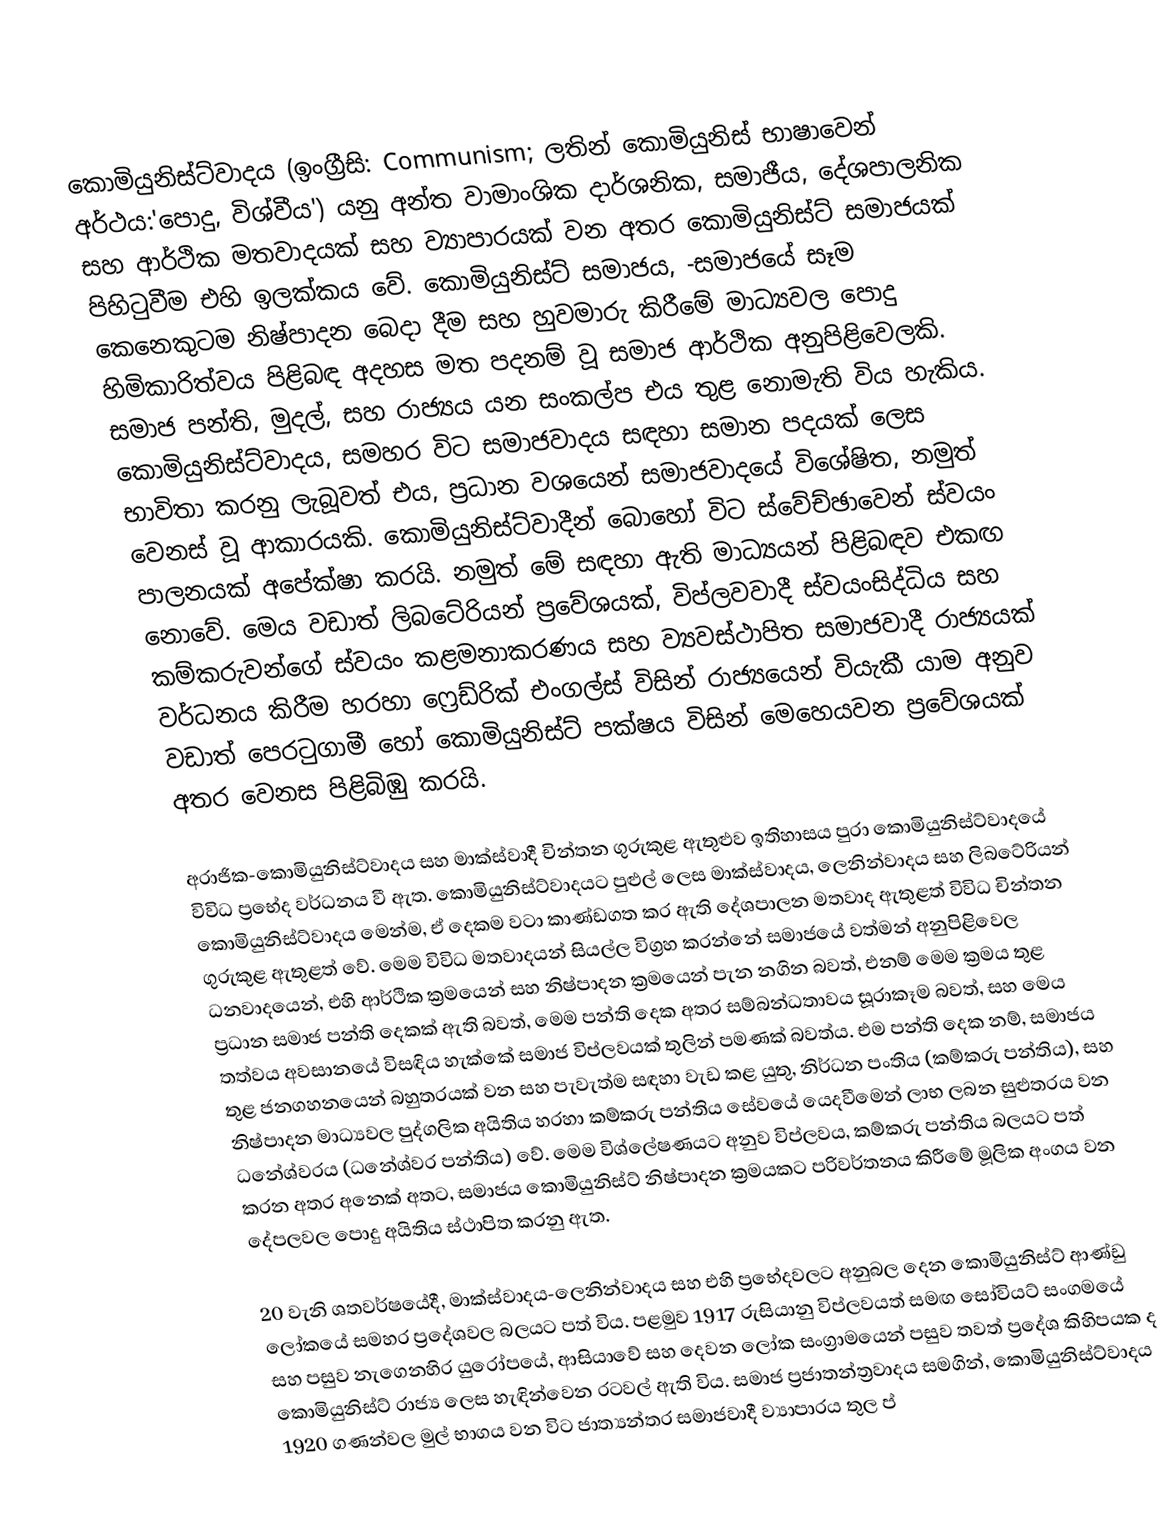
කොමියුනිස්ට්වාදය (ඉංග්‍රීසි: Communism; ලතින් කොමියුනිස් භාෂාවෙන් අර්ථය:'පොදු, විශ්වීය') යනු අන්ත වාමාංශික දාර්ශනික, සමාජීය, දේශපාලනික සහ ආර්ථික මතවාදයක් සහ ව්‍යාපාරයක් වන අතර කොමියුනිස්ට් සමාජයක් පිහිටුවීම එහි ඉලක්කය වේ. කොමියුනිස්ට් සමාජය, -සමාජයේ සෑම කෙනෙකුටම නිෂ්පාදන බෙදා දීම සහ හුවමාරු කිරීමේ මාධ්‍යවල පොදු හිමිකාරිත්වය පිළිබඳ අදහස මත පදනම් වූ සමාජ ආර්ථික අනුපිළිවෙලකි. සමාජ පන්ති, මුදල්, සහ රාජ්‍යය යන සංකල්ප එය තුළ නොමැති විය හැකිය. කොමියුනිස්ට්වාදය, සමහර විට සමාජවාදය සඳහා සමාන පදයක් ලෙස භාවිතා කරනු ලැබූවත් එය, ප්‍රධාන වශයෙන් සමාජවාදයේ විශේෂිත, නමුත් වෙනස් වූ ආකාරයකි. කොමියුනිස්ට්වාදීන් බොහෝ විට ස්වේච්ඡාවෙන් ස්වයං පාලනයක් අපේක්ෂා කරයි. නමුත් මේ සඳහා ඇති මාධ්‍යයන් පිළිබඳව එකඟ නොවේ. මෙය වඩාත් ලිබටේරියන් ප්‍රවේශයක්, විප්ලවවාදී ස්වයංසිද්ධිය සහ කම්කරුවන්ගේ ස්වයං කළමනාකරණය සහ ව්‍යවස්ථාපිත සමාජවාදී රාජ්‍යයක් වර්ධනය කිරීම හරහා ෆ්‍රෙඩ්රික් එංගල්ස් විසින් රාජ්‍යයෙන් වියැකී යාම අනුව වඩාත් පෙරටුගාමී හෝ කොමියුනිස්ට් පක්ෂය විසින් මෙහෙයවන ප්‍රවේශයක් අතර වෙනස පිළිබිඹු කරයි.

අරාජික-කොමියුනිස්ට්වාදය සහ මාක්ස්වාදී චින්තන ගුරුකුළ ඇතුළුව ඉතිහාසය පුරා කොමියුනිස්ට්වාදයේ විවිධ ප්‍රභේද වර්ධනය වී ඇත. කොමියුනිස්ට්වාදයට පුළුල් ලෙස මාක්ස්වාදය, ලෙනින්වාදය සහ ලිබටේරියන් කොමියුනිස්ට්වාදය මෙන්ම, ඒ දෙකම වටා කාණ්ඩගත කර ඇති දේශපාලන මතවාද ඇතුළත් විවිධ චින්තන ගුරුකුළ ඇතුළත් වේ. මෙම විවිධ මතවාදයන් සියල්ල විග්‍රහ කරන්නේ සමාජයේ වත්මන් අනුපිළිවෙල ධනවාදයෙන්, එහි ආර්ථික ක්‍රමයෙන් සහ නිෂ්පාදන ක්‍රමයෙන් පැන නගින බවත්, එනම් මෙම ක්‍රමය තුළ ප්‍රධාන සමාජ පන්ති දෙකක් ඇති බවත්, මෙම පන්ති දෙක අතර සම්බන්ධතාවය සූරාකෑම බවත්, සහ මෙය තත්වය අවසානයේ විසඳිය හැක්කේ සමාජ විප්ලවයක් තුලින් පමණක් බවත්ය. එම පන්ති දෙක නම්, සමාජය තුළ ජනගහනයෙන් බහුතරයක් වන සහ පැවැත්ම සඳහා වැඩ කළ යුතු, නිර්ධන පංතිය (කම්කරු පන්තිය), සහ නිෂ්පාදන මාධ්‍යවල පුද්ගලික අයිතිය හරහා කම්කරු පන්තිය සේවයේ යෙදවීමෙන් ලාභ ලබන සුළුතරය වන ධනේශ්වරය (ධනේශ්වර පන්තිය) වේ. මෙම විශ්ලේෂණයට අනුව විප්ලවය, කම්කරු පන්තිය බලයට පත් කරන අතර අනෙක් අතට, සමාජය කොමියුනිස්ට් නිෂ්පාදන ක්‍රමයකට පරිවර්තනය කිරීමේ මූලික අංගය වන දේපලවල පොදු අයිතිය ස්ථාපිත කරනු ඇත.

20 වැනි ශතවර්ෂයේදී, මාක්ස්වාදය-ලෙනින්වාදය සහ එහි ප්‍රභේදවලට අනුබල දෙන කොමියුනිස්ට් ආණ්ඩු ලෝකයේ සමහර ප්‍රදේශවල බලයට පත් විය. පළමුව 1917 රුසියානු විප්ලවයත් සමඟ සෝවියට් සංගමයේ සහ පසුව නැගෙනහිර යුරෝපයේ, ආසියාවේ සහ  දෙවන ලෝක සංග්‍රාමයෙන් පසුව තවත් ප්‍රදේශ කිහිපයක ද කොමියුනිස්ට් රාජ්‍ය ලෙස හැඳින්වෙන රටවල් ඇති විය.  සමාජ ප්‍රජාතන්ත්‍රවාදය සමගින්, කොමියුනිස්ට්වාදය 1920 ගණන්වල මුල් භාගය වන විට ජාත්‍යන්තර සමාජවාදී ව්‍යාපාරය තුල ප්